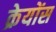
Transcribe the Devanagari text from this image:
क्रेयोंस